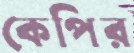
কেপির